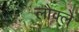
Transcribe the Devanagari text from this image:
लौक्ले